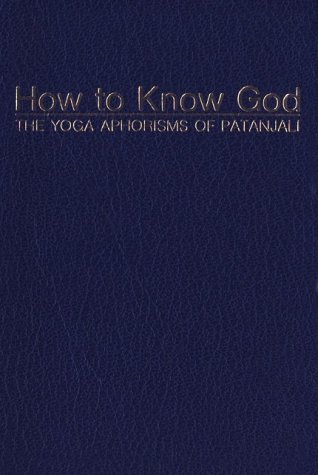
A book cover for How to Know God: The Yoga Aphorisms of Patanjali; Swami Prabhavananda; Religion & Spirituality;